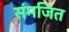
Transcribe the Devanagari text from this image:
संमजित